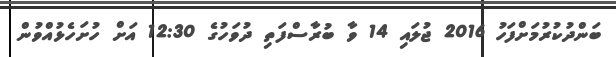
ބަންދުކުރުމަށްފަހު 2016 ޖުލައި 14 ވާ ބުރާސްފަތި ދުވަހުގެ 12:30 އަށް ހުށަހެޅުއްވުން